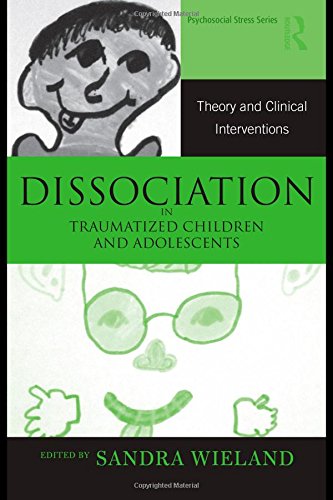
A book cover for Dissociation in Traumatized Children and Adolescents: Theory and Clinical Interventions (Routledge Psychosocial Stress); Health, Fitness & Dieting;